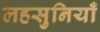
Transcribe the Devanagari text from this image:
लहसुनियाँ